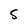
Character: S